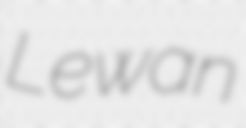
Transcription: Lewan